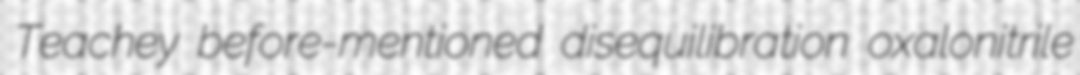
Teachey before-mentioned disequilibration oxalonitrile